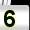
Digit: 5